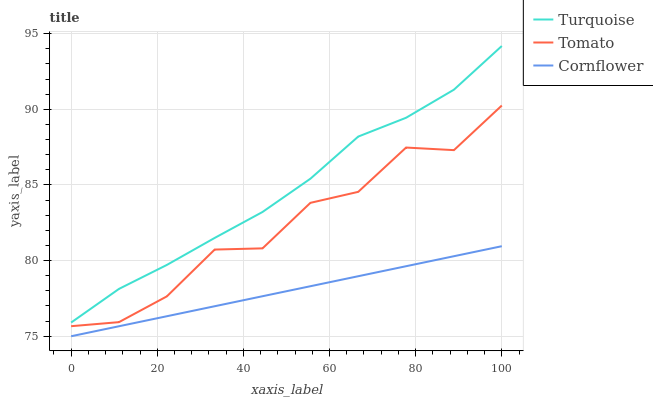
| xaxis_label | Turquoise | Tomato | Cornflower |
 | --- | --- | --- | --- |
 | 0 | 75.9 | 75.7 | 75 |
 | 11.1 | 78.1 | 75.9 | 75.7 |
 | 22.2 | 79.7 | 77.6 | 76.3 |
 | 33.3 | 81.5 | 80.7 | 77 |
 | 44.4 | 83.2 | 80.8 | 77.6 |
 | 55.6 | 85.4 | 83.8 | 78.3 |
 | 66.7 | 88.2 | 84.5 | 79 |
 | 77.8 | 89.4 | 87.5 | 79.6 |
 | 88.9 | 91.3 | 87.3 | 80.3 |
 | 100 | 94.2 | 90.3 | 81 |